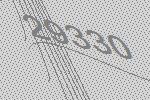
29330